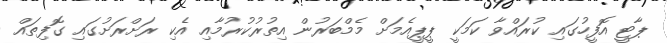
ޕާޓީ އޮފީހުގައި ކުރައްވާ ކަމަކީ ޕީޕީއެމަށް މެމްބަރުން އިތުރުކުރުމާއި އެކި ރަށްރަށުގައި ގޮފިތައް